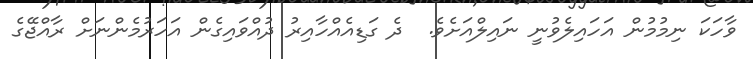
ވާހަކަ ނިމުމުން އަހައިލެވުނީ ނައިލްއަށެވެ.  ދެ ގަޑިއެއްހާއިރު ދުއްވައިގެން އަހަރުމެންނަށް ރާއްޖޭގެ